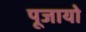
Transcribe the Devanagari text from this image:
पूजायो